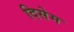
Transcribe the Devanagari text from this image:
दिसेम